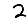
Digit: 2